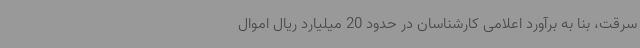
سرقت،‌ بنا به برآورد اعلامی کارشناسان در حدود 20 میلیارد ریال اموال